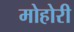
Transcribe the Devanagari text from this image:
मोहोरी